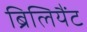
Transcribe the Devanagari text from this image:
ब्रिलियैंट